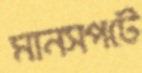
মানসপটে